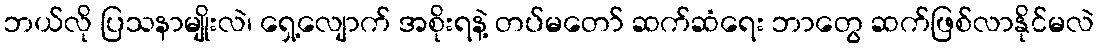
ဘယ်လို ပြသနာမျိုးလဲ၊ ရှေ့လျောက် အစိုးရနဲ့ တပ်မတော် ဆက်ဆံရေး ဘာတွေ ဆက်ဖြစ်လာနိုင်မလဲ